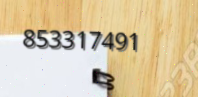
853317491